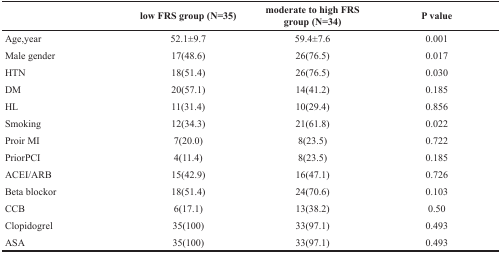
<table><thead><tr><td></td><td><b>low FRS group (N=35)</b></td><td><b>moderate to high FRS group (N=34)</b></td><td><b>P value</b></td></tr></thead><tbody><tr><td>Age,year</td><td>52.1±9.7</td><td>59.4±7.6</td><td>0.001</td></tr><tr><td>Male gender</td><td>17(48.6)</td><td>26(76.5)</td><td>0.017</td></tr><tr><td>HTN</td><td>18(51.4)</td><td>26(76.5)</td><td>0.030</td></tr><tr><td>DM</td><td>20(57.1)</td><td>14(41.2)</td><td>0.185</td></tr><tr><td>HL</td><td>11(31.4)</td><td>10(29.4)</td><td>0.856</td></tr><tr><td>Smoking</td><td>12(34.3)</td><td>21(61.8)</td><td>0.022</td></tr><tr><td>Proir MI</td><td>7(20.0)</td><td>8(23.5)</td><td>0.722</td></tr><tr><td>PriorPCI</td><td>4(11.4)</td><td>8(23.5)</td><td>0.185</td></tr><tr><td>ACEI/ARB</td><td>15(42.9)</td><td>16(47.1)</td><td>0.726</td></tr><tr><td>Beta blockor</td><td>18(51.4)</td><td>24(70.6)</td><td>0.103</td></tr><tr><td>CCB</td><td>6(17.1)</td><td>13(38.2)</td><td>0.50</td></tr><tr><td>Clopidogrel</td><td>35(100)</td><td>33(97.1)</td><td>0.493</td></tr><tr><td>ASA</td><td>35(100)</td><td>33(97.1)</td><td>0.493</td></tr></tbody></table>